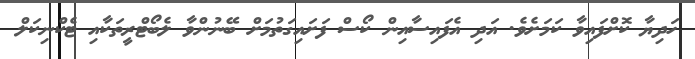
ހަދިޔާ ކޮށްފައިވާ ކަމަށެވެ. އަދި އެފައިސާއިން ކޯސް ފަށައިގަތުމަށް ބޭނުންވާ ލެބޯޓްރީތަކާއި ޓެކްނިކަލް